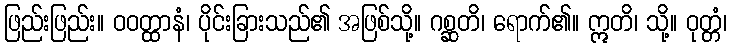
ဖြည်းဖြည်း။ ဝဝတ္ထာနံ၊ ပိုင်းခြားသည်၏ အဖြစ်သို့။ ဂစ္ဆတိ၊ ရောက်၏။ ဣတိ၊ သို့။ ဝုတ္တံ၊